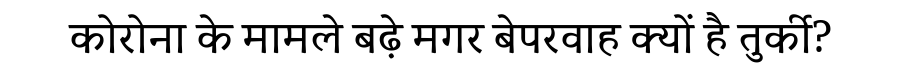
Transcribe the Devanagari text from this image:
कोरोना के मामले बढ़े मगर बेपरवाह क्यों है तुर्की?